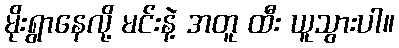
မိုးရွာနေလို့ မင်းနဲ့ အတူ ထီး ယူသွားပါ။